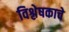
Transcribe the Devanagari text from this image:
विश्लेषकाचे